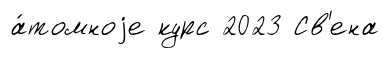
а́томноjе курс 2023 Св'ена